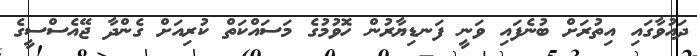
ދައުވާގައި އިތުރަށް ބުނެފައި ވަނީ ފަނޑިޔާރުން ހޮވުމުގެ މަސައްކަތް ކުރިއަށް ގެންދާ ޖޭއެސްސީގެ